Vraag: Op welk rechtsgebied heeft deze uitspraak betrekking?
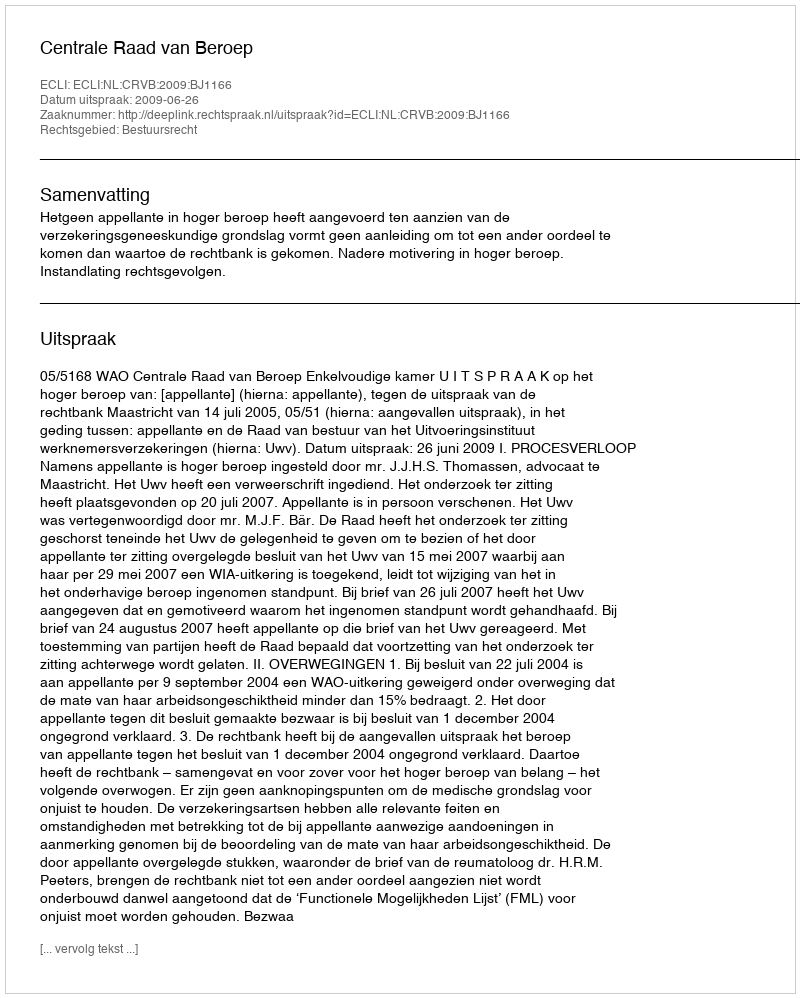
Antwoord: Bestuursrecht